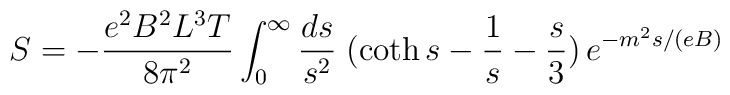
S=-\frac{e^2 B^2 L^3 T}{8\pi ^{2}} \int_{0}^{\infty} \frac{ds}{s^{2}}\; (\coth s-\frac{1}{s}-\frac{s}{3})\,e^{-m^2s/(eB)}